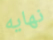
نهايه